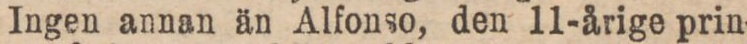
Ingen annan än Alfonso, den 11-årige prin-